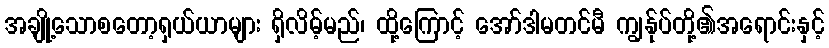
အချို့သောစတော့ရှယ်ယာများ ရှိလိမ့်မည်၊ ထို့ကြောင့် အော်ဒါမတင်မီ ကျွန်ုပ်တို့၏အရောင်းနှင့်